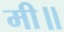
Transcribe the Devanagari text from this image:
मी॥